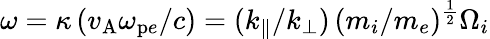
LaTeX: \omega=\kappa\, (v_{\mathrm{A}}\omega_{\mathrm{p}e}/c)=(k_{\| }/k_{\bot})\, (m_{i}/m_{e})^{\frac{1}{2}}\Omega_{i}